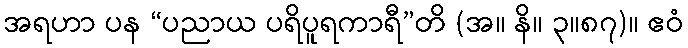
အရဟာ ပန “ပညာယ ပရိပူရကာရီ”တိ (အ။ နိ။ ၃။၈၇)။ ဧဝံ